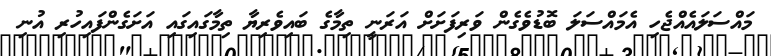
މައްސަލައެއްޖެހި އެމައްސަލަ ބޮޑުވެގެން ވަރިފަށަށް އަރަނީ ތިމާގެ ބައިވެރިޔާ ތިމާގައިގައި އަށަގެންފައިހުރި އުނި